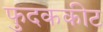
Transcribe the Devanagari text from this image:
फुदककीट